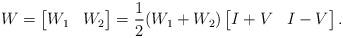
LaTeX: \begin{align*} W=\begin{bmatrix} W_1 & W_2 \end{bmatrix}&=\frac{1}{2}( W_1+ W_2)\begin{bmatrix} I+ V & I- V \end{bmatrix} .\end{align*}